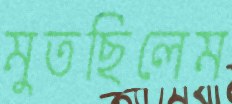
মুতছিলেম